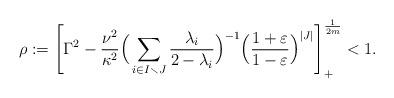
LaTeX: \begin{align*}\rho :=\left[\Gamma^2 -\frac{\nu^2}{\kappa^2}\Big(\sum_{i\in I\smallsetminus J}\frac{\lambda_i}{2-\lambda_i}\Big)^{-1}\Big(\frac{1+\varepsilon}{1 -\varepsilon}\Big)^{|J|}\right]_+^{\frac{1}{2m}} <1.\end{align*}